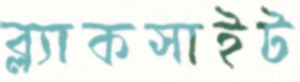
ব্ল্যাকসাইট